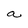
Character: a